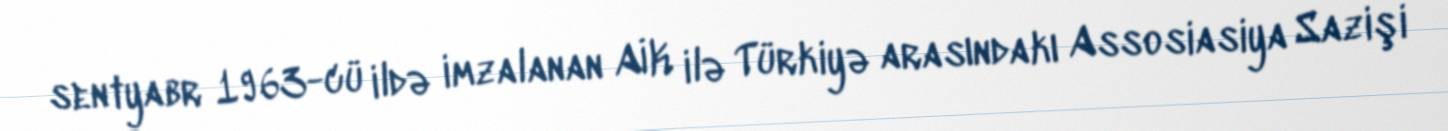
sentyabr 1963-cü ildə imzalanan AİK ilə Türkiyə arasındakı Assosiasiya Sazişi